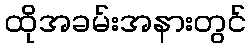
ထိုအခမ်းအနားတွင်